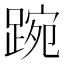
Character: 踠